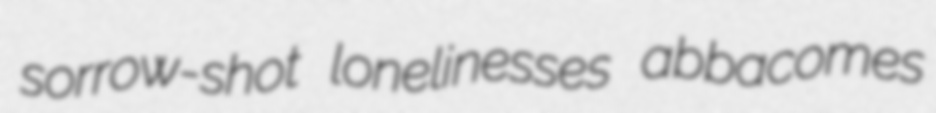
sorrow-shot lonelinesses abbacomes